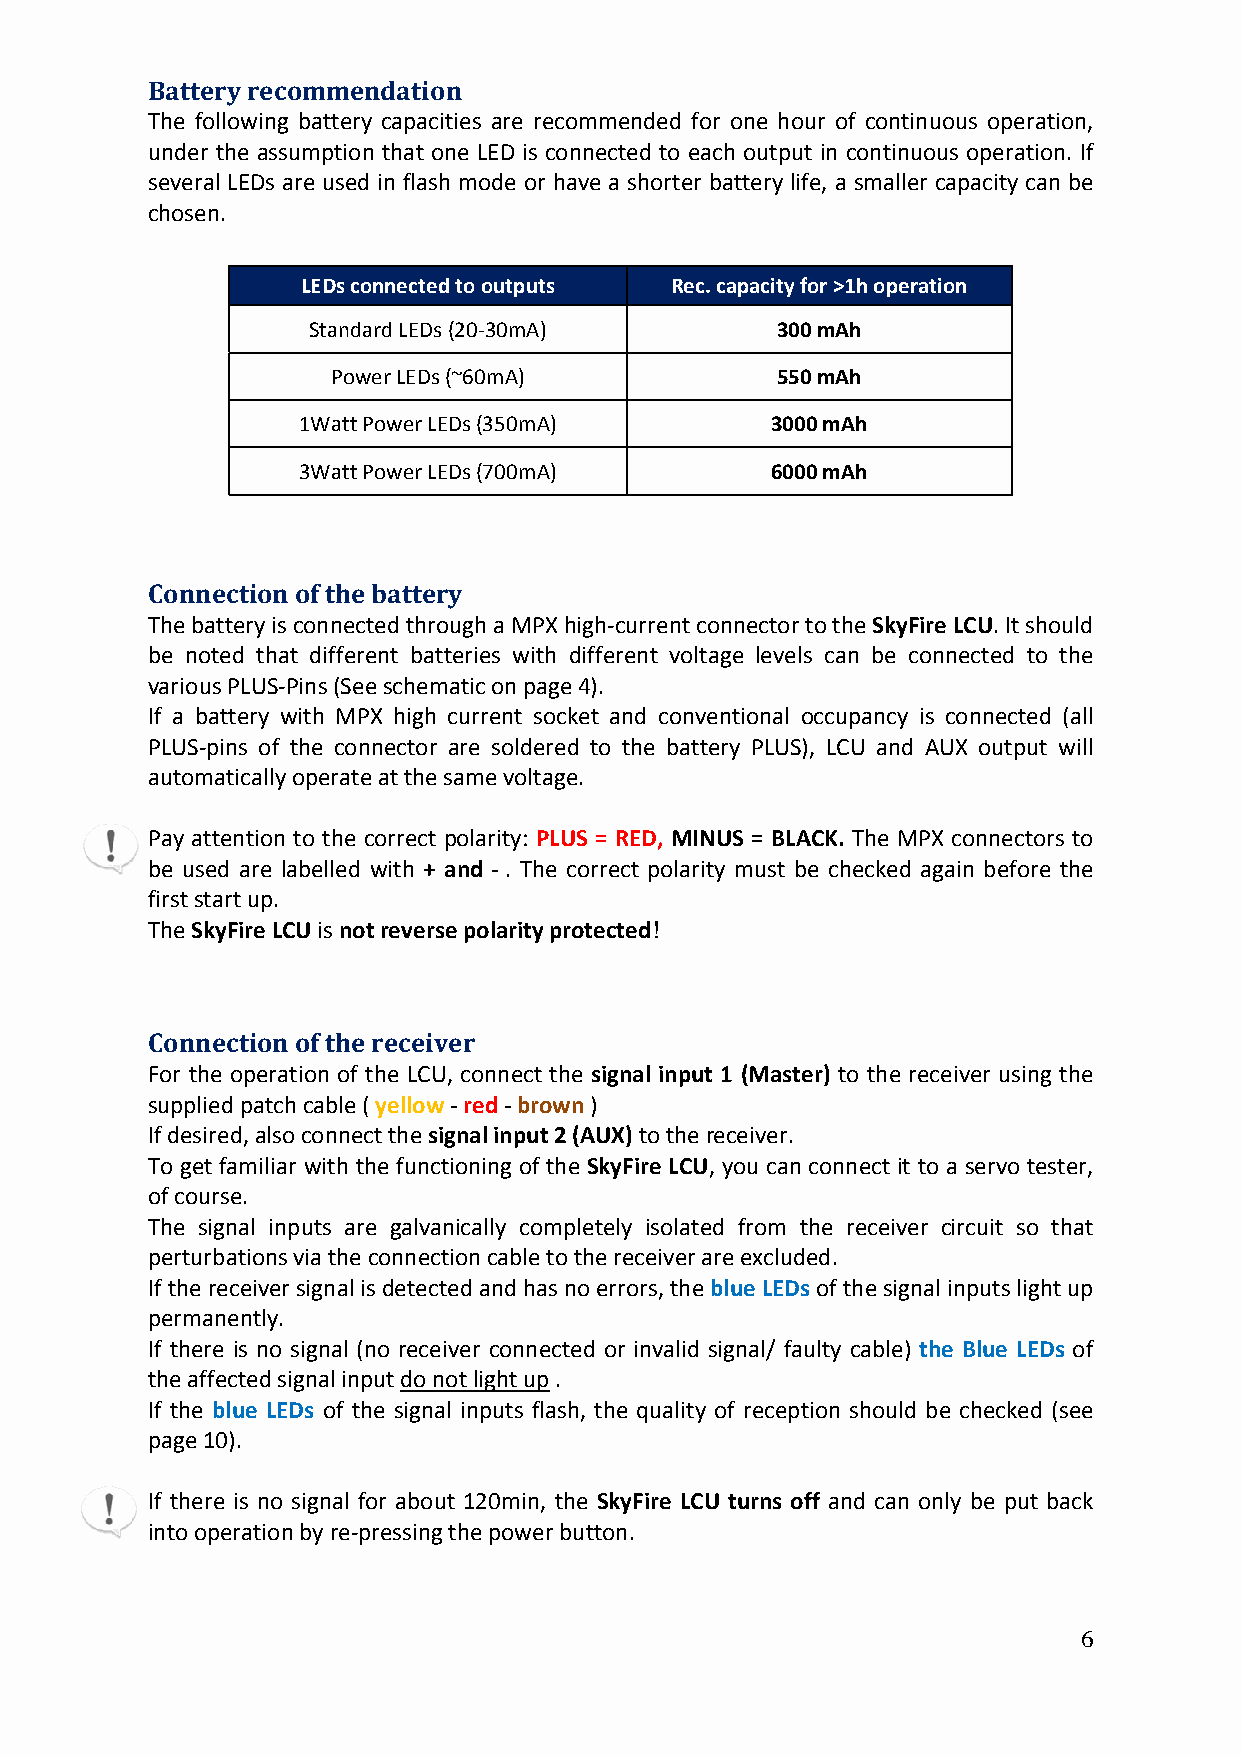
Battery recommendation
 The following battery capacities are recommended for one hour of continuous operation,
 under the assumption that one LED is connected to each output in continuous operation. If
 several LEDs are used in flash mode or have a shorter battery life, a smaller capacity can be
 chosen.
 LEDs connected to outputs Rec. capacity for >1h operation
 Standard LEDs (20‐30mA)        300 mAh
 Power LEDs (~60mA)           550 mAh
 1Watt Power LEDs (350mA)       3000 mAh
 3Watt Power LEDs (700mA)       6000 mAh
 Connection of the battery
 The battery is connected through a MPX high‐current connector to the SkyFire LCU. It should
 be noted that different batteries with different voltage levels can be connected to the
 various PLUS‐Pins (See schematic on page 4).
 If a battery with MPX high current socket and conventional occupancy is connected (all
 PLUS‐pins of the connector are soldered to the battery PLUS), LCU and AUX output will
 automatically operate at the same voltage.
 Pay attention to the correct polarity: PLUS = RED, MINUS = BLACK. The MPX connectors to
 be used are labelled with + and ‐ . The correct polarity must be checked again before the
 first start up.
 The SkyFire LCU is not reverse polarity protected!
 Connection of the receiver
 For the operation of the LCU, connect the signal input 1 (Master) to the receiver using the
 supplied patch cable ( yellow ‐ red ‐ brown )
 If desired, also connect the signal input 2 (AUX) to the receiver.
 To get familiar with the functioning of the SkyFire LCU, you can connect it to a servo tester,
 of course.
 The signal inputs are galvanically completely isolated from the receiver circuit so that
 perturbations via the connection cable to the receiver are excluded.
 If the receiver signal is detected and has no errors, the blue LEDs of the signal inputs light up
 permanently.
 If there is no signal (no receiver connected or invalid signal/ faulty cable) the Blue LEDs of
 the affected signal input do not light up .
 If the blue LEDs of the signal inputs flash, the quality of reception should be checked (see
 page 10).
 If there is no signal for about 120min, the SkyFire LCU turns off and can only be put back
 into operation by re‐pressing the power button.
 6